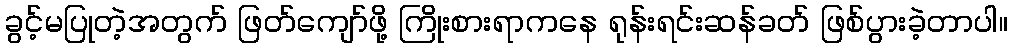
ခွင့်မပြုတဲ့အတွက် ဖြတ်ကျော်ဖို့ ကြိုးစားရာကနေ ရုန်းရင်းဆန်ခတ် ဖြစ်ပွားခဲ့တာပါ။